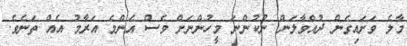
މާލެ ވަށައިގެން ދުއްވާލަން ނުކުންނަ މީހުންނަށް ވެސް އެންމެ އަރާމު އެއް ތަނެވެ.